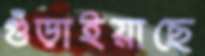
গুঁড়াইয়াছে